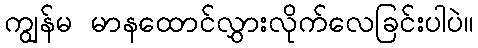
ကျွန်မ မာနထောင်လွှားလိုက်လေခြင်းပါပဲ။